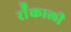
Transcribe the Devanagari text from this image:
रॉँकाली